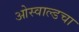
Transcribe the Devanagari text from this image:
ओस्वाल्डचा